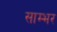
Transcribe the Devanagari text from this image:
साम्‍भर